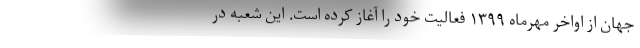
جهان از اواخر مهرماه ۱۳۹۹ فعالیت خود را آغاز کرده است. این شعبه در